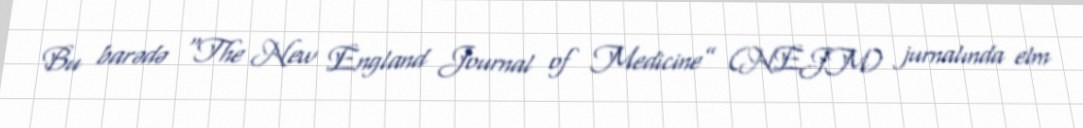
Bu barədə “The New England Journal of Medicine” (NEJM) jurnalında elm